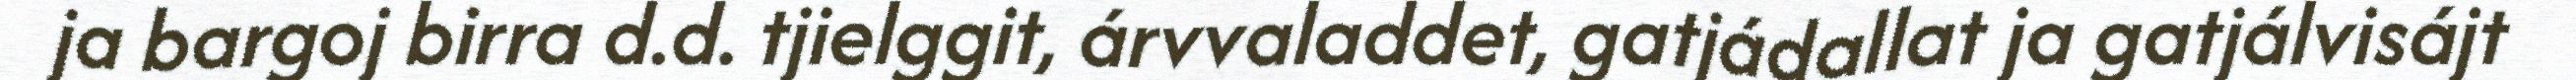
ja bargoj birra d.d. tjielggit, árvvaladdet, gatjádallat ja gatjálvisájt